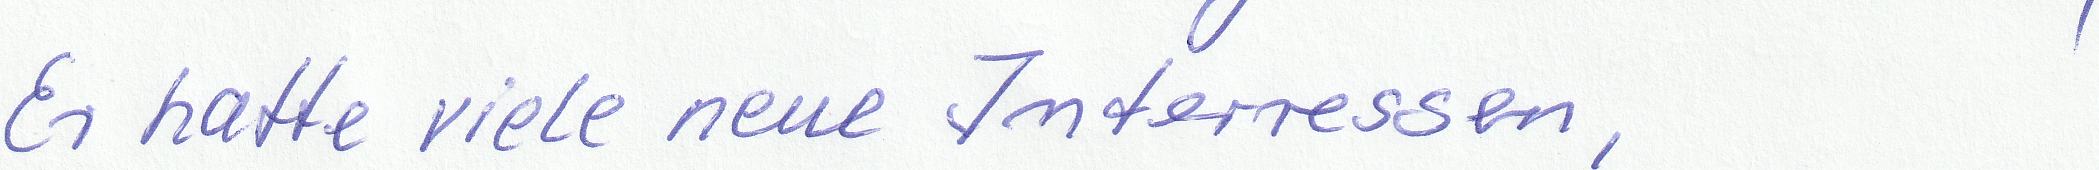
Er hatte viele neue Interessen,